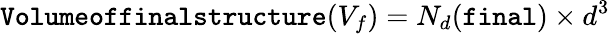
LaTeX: \texttt{Volumeoffinalstructure}(V_{f})=N_{d}(\texttt{final})\times d^{3}